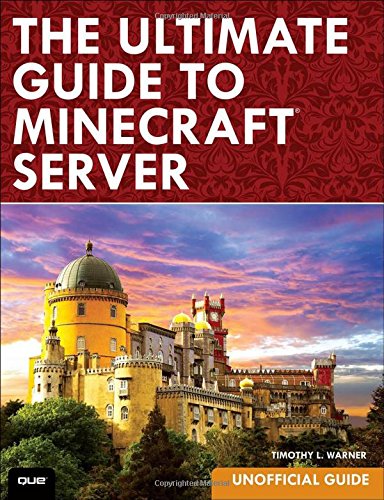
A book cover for The Ultimate Guide to Minecraft Server; Timothy L. Warner; Humor & Entertainment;